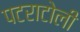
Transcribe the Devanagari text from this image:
पटराटोली